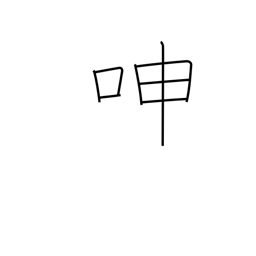
Meaning: groan